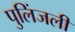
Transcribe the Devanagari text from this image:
पुलिंजली